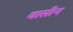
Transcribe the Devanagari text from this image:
वासीन